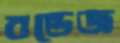
বন্ডেজ